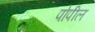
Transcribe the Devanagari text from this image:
पोपील